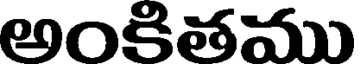
అంకితము